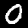
Label: 0